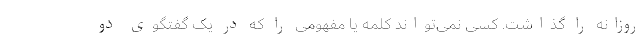
روزانه را گذاشت. کسی نمی‌تواند کلمه یا مفهومی را که در یک گفتگوی دو